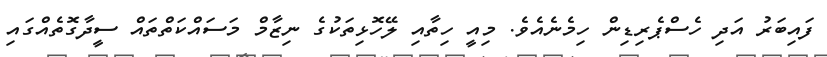
ފައިބަރު އަދި ހެސްޕެރިޑިން ހިމެނެއެވެ. މިއީ ހިތާއި ލޭހޮޅިތަކުގެ ނިޒާމް މަސައްކަތްތައް ސީދާގޮތެއްގައި